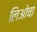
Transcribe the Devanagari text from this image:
लिओचा